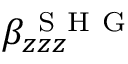
\beta _ { z z z } ^ { \mathrm { ~ S ~ H ~ G ~ } }